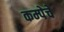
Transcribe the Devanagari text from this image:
कम्पेचे